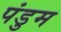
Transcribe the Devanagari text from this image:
पंडुम